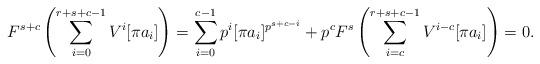
LaTeX: \begin{align*}F^{s+c}\left(\sum_{i=0}^{r+s+c-1}V^i[\pi a_i]\right)=\sum_{i=0}^{c-1}p^i[\pi a_i]^{p^{s+c-i}}+p^cF^s\left(\sum_{i=c}^{r+s+c-1}V^{i-c}[\pi a_i]\right)=0.\end{align*}